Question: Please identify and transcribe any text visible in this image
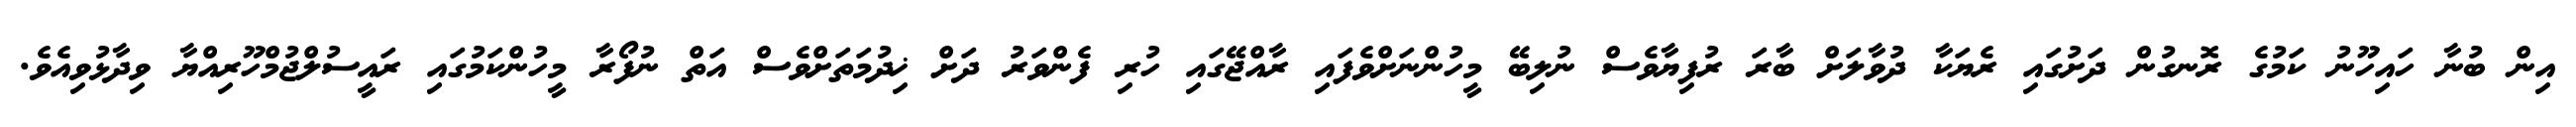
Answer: އިން ބުނާ ހައިހޫނު ކަމުގެ ރޮނގުން ދަށުގައި ރެޔަކާ ދުވާލަށް ބާރަ ރުފިޔާވެސް ނުލިބޭ މީހުންނަށްވެފައި ރާއްޖޭގައި ހުރި ފެންވަރު ދަށް ޚިދުމަތަށްވެސް އަތް ނުފޯރާ މީހުންކަމުގައި ރައީސުލްޖުމްހޫރިއްޔާ ވިދާޅުވިއެވެ.